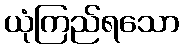
ယုံကြည်ရသော